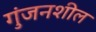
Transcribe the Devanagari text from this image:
गुंजनशील